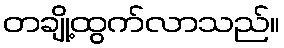
တချို့ထွက်လာသည်။